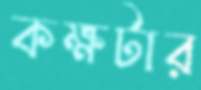
কক্ষটার